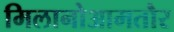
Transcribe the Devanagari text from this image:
मिलानोआमतौर